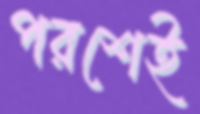
পরশেই